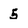
Character: 5